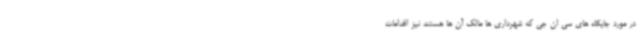
در مورد جایگاه های سی ان جی که شهرداری ها مالک آن ها هستند نیز اقدامات